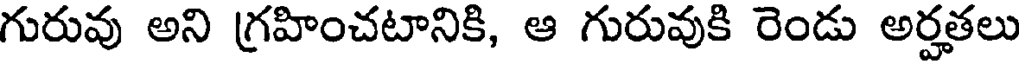
గురువు అని గ్రహించటానికి, ఆ గురువుకి రెండు అర్హతలు